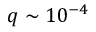
q \sim 1 0 ^ { - 4 }